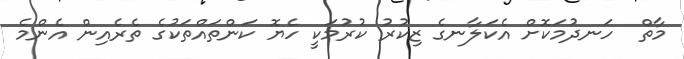
މާތް  ހަނދުމަކޮށް އެކަލާނގެ ޒިކުރު ކުރުމަކީ ހެޔޮ ކަންތައްތަކުގެ ތެރެއިން އެންމެ